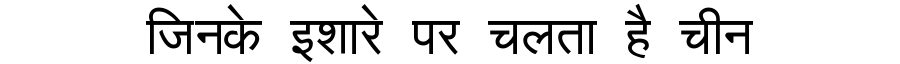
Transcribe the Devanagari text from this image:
जिनके इशारे पर चलता है चीन